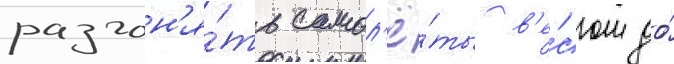
разгон'я́ть самол'ё́ты в'е́сом до́